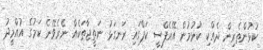
ކުޅުންތެރިން ދެއްކި ކުޅުމުން އޭއެފްސީ ކަޕްގައި ރަނގަޅު ނަތީޖާތަކެއް ނެރެވޭނެ ކަމުގެ އުއްމީދު